system: You are a helpful assistant.
user:
Analyze the provided spectrum to determine if it is a **"Cataclysmic Variables (CV)"**.

- **Key Indicators for CV (Check for either state):**
    - **State 1: Quiescent / Low-State (Emission-Dominated)**
        - **(Primary):** Strong and *very broad* Hydrogen Balmer emission lines (e.g., $H\alpha$ at 6563 Å, $H\beta$ at 4861 Å). The 'broadness' (high velocity dispersion, often FWHM > 1000 km/s) is the key diagnostic, indicating a high-velocity accretion disk.
        - **(Secondary):** Broad neutral Helium (He I) emission lines (e.g., 5876 Å, 6678 Å).
        - **(Key Confirmation):** Presence of high-excitation *ionized* Helium (He II) emission at 4686 Å. This is a strong indicator of accretion onto a white dwarf.
        - **(Line Profile):** Emission lines may exhibit a 'double-peaked' profile, which is a classic signature of a rotating accretion disk viewed at high inclination.

    - **State 2: Outburst / High-State (Absorption-Dominated)**
        - **(Primary):** Spectrum is dominated by a bright, blue continuum (looks like a hot star).
        - **(Secondary):** The emission lines from State 1 are weak, absent, or 'filled in', and are replaced by broad, shallow *absorption* lines (primarily Balmer and He I).
        - **(Morphology):** The overall spectrum mimics a hot B/A-type star. The crucial difference is that the absorption lines are significantly broader, shallower, and more 'washed-out' (or 'smeared') than the sharp lines of a normal stellar photosphere, due to high rotational speeds and pressure broadening in the disk.

Think first, call **spectral_visualization_tool** if needed to examine features in detail, then provide your final answer. Your response must adhere to the following strict rules:
1.  **Overall Structure:** Your response must follow the format `<think>...</think> <tool_call>...</tool_call> (if a tool is used) <answer>...</answer>`.
2.  **Tool Usage Constraint:** You may only make **one** tool call per turn.
3.  **Final Answer Format:** In the `<answer>` tag, your conclusion must be inside a `\boxed{}` command (e.g., `\boxed{YES}`), followed by your justification.

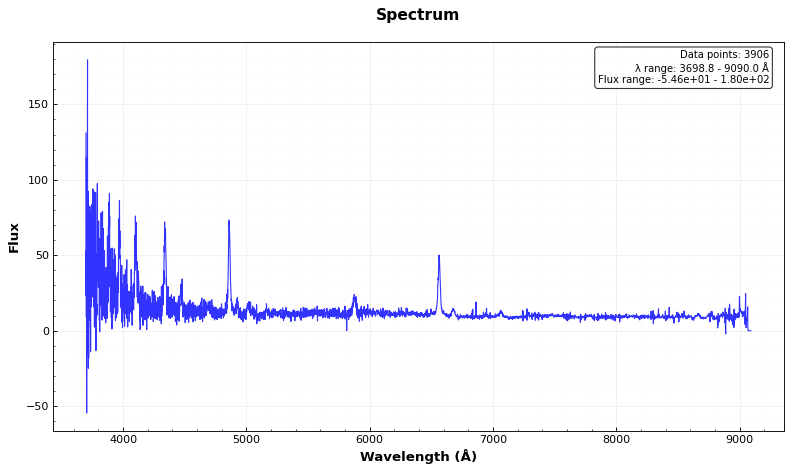
Answer: YES